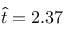
\hat { t } = 2 . 3 7